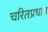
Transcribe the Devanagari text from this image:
चरितप्रधान